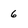
Character: 6